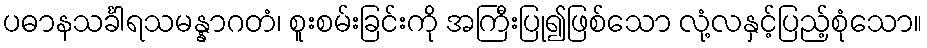
ပဓာနသင်္ခါရသမန္နာဂတံ၊ စူးစမ်းခြင်းကို အကြီးပြု၍ဖြစ်သော လုံ့လနှင့်ပြည့်စုံသော။